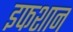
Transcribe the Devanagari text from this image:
इफशान